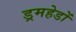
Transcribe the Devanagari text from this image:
ड्रमहेडों